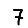
Digit: 7